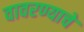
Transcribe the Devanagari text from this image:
वावरण्याचे